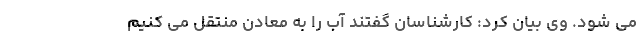
می شود. وی بیان کرد: کارشناسان گفتند آب را به معادن منتقل می کنیم